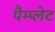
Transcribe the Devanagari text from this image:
पैम्प्लेट